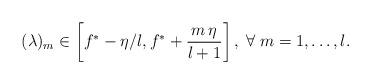
LaTeX: \begin{align*} &(\lambda)_m\in\left[f^*-\eta/l,f^*+\frac{m\,\eta}{l+1}\right],\;\forall\;m=1,\dots,l. \end{align*}